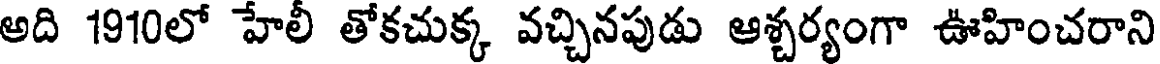
అది 1910లో హేలీ తోకచుక్క వచ్చినపుడు ఆశ్చర్యంగా ఊహించరాని